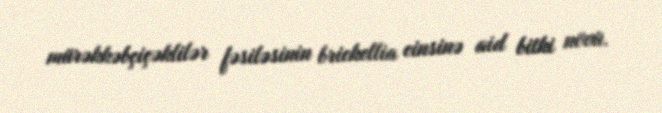
mürəkkəbçiçəklilər fəsiləsinin brickellia cinsinə aid bitki növü.